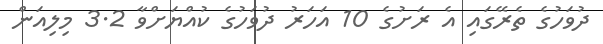
ދުވަހުގެ ތެރޭގައި އެ ރަށުގެ 10 އަހަރު ދުވަހުގެ ކުއްޔަށްވާ 3.2 މިލިއަން